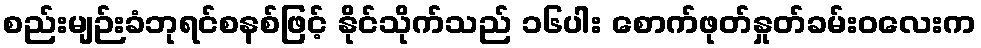
စည်းမျဉ်းခံဘုရင်စနစ်ဖြင့် နိုင်သိုက်သည် ၁၆ပါး စောက်ဖုတ်နှုတ်ခမ်းဝလေးက